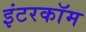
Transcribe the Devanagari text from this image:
इंटरकाॅम